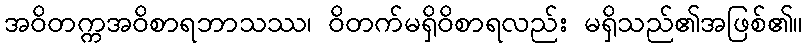
အဝိတက္ကအဝိစာရဘာသဿ၊ ဝိတက်မရှိဝိစာရလည်း မရှိသည်၏အဖြစ်၏။